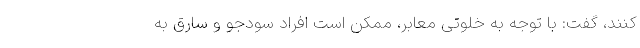
کنند، گفت: با توجه به خلوتی معابر، ممکن است افراد سودجو و سارق به